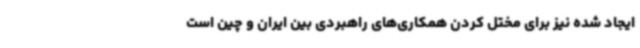
ایجاد شده نیز برای مختل کردن همکاری‌های راهبردی بین ایران و چین است